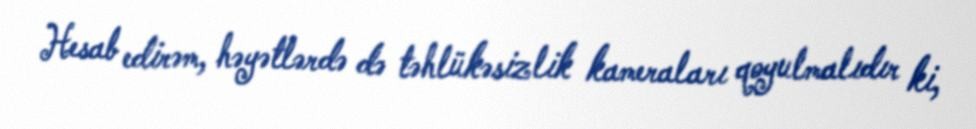
Hesab edirəm, həyətlərdə də təhlükəsizlik kameraları qoyulmalıdır ki,